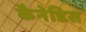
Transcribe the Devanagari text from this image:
कैनेडिस